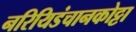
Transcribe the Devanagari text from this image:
नरियिडंचानकोट्टा